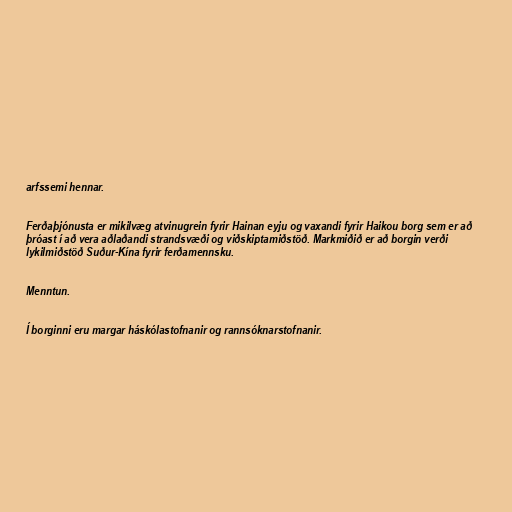
arfssemi hennar.

Ferðaþjónusta er mikilvæg atvinugrein fyrir Hainan eyju og vaxandi fyrir Haikou borg sem er að
þróast í að vera aðlaðandi strandsvæði og viðskiptamiðstöð. Markmiðið er að borgin verði
lykilmiðstöð Suður-Kína fyrir ferðamennsku.

Menntun.

Í borginni eru margar háskólastofnanir og rannsóknarstofnanir.